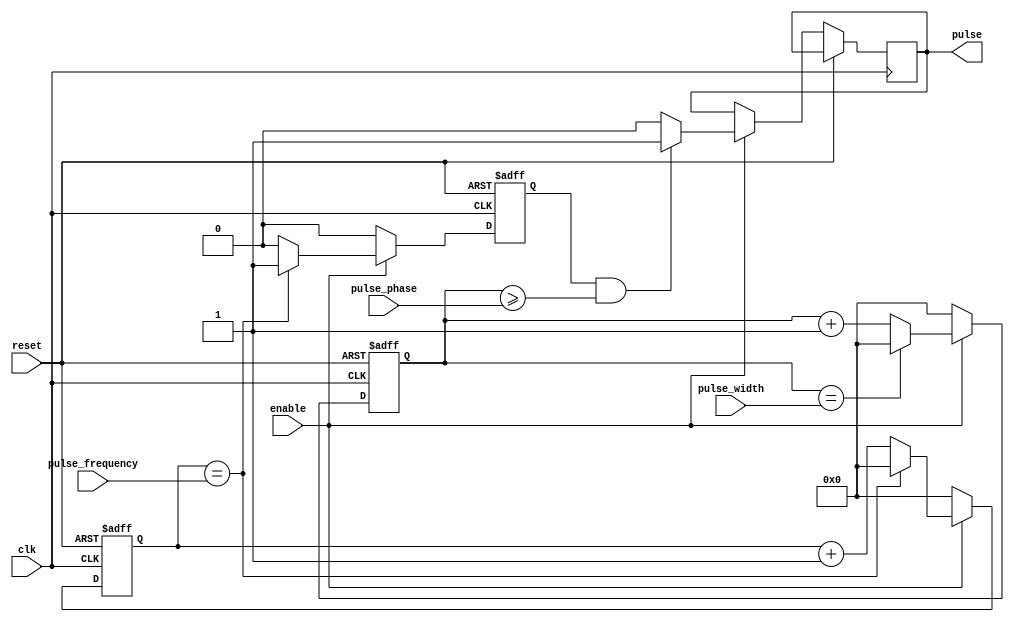
module programmable_pulse_generator (
    input wire reset,
    input wire clk,
    input wire enable,
    input wire [7:0] pulse_width,
    input wire [15:0] pulse_frequency,
    input wire [15:0] pulse_phase,
    output reg pulse
);

reg [15:0] counter;
reg [15:0] delay_counter;
reg pulse_enable;

always @(posedge clk or posedge reset) begin
    if (reset) begin
        counter <= 16'd0;
        delay_counter <= 16'd0;
        pulse_enable <= 1'b0;
    end else begin
        if (enable) begin
            if (counter == pulse_frequency) begin
                counter <= 16'd0;
                pulse_enable <= 1'b1;
            end else begin
                counter <= counter + 1;
                pulse_enable <= 1'b0;
            end
            
            if (pulse_enable && (delay_counter >= pulse_phase)) begin
                pulse <= 1'b1;
                delay_counter <= delay_counter + 1;
            end else begin
                pulse <= 1'b0;
                delay_counter <= delay_counter + 1;
            end
            
            if (delay_counter == pulse_width) begin
                delay_counter <= 16'd0;
            end
        end else begin
            counter <= 16'd0;
            delay_counter <= 16'd0;
            pulse_enable <= 1'b0;
        end
    end
end

endmodule